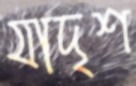
যাদৃশ